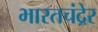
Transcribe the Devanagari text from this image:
भारतचंद्रेर